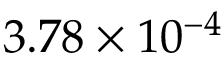
3 . 7 8 \times 1 0 ^ { - 4 }